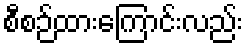
စီစဉ်ထားကြောင်းလည်း